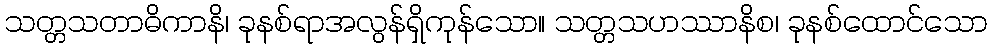
သတ္တသတာဓိကာနိ၊ ခုနစ်ရာအလွန်ရှိကုန်သော။ သတ္တသဟဿာနိစ၊ ခုနစ်ထောင်သော